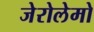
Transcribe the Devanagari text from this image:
जेरोलेमो